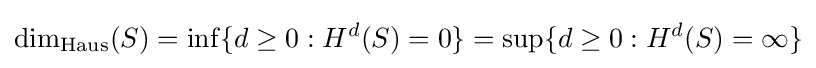
\dim _{\mathrm {Haus} }(S)=\inf\{d\geq 0:H^{d}(S)=0\}=\sup\{d\geq 0:H^{d}(S)=\infty \}